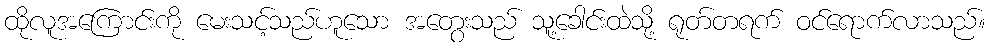
ထိုလူအကြောင်းကို မေးသင့်သည်ဟူသော အတွေးသည် သူ့ခေါင်းထဲသို့ ရုတ်တရက် ဝင်ရောက်လာသည်။